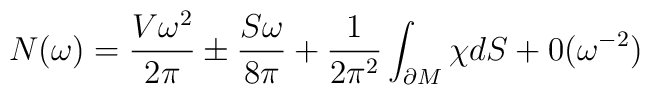
N(\omega)=\frac{V\omega^2}{2\pi}\pm\frac{S\omega}{8\pi}+ \frac1{2\pi^2}\int_{\partial M}\chi dS +0(\omega^{-2})